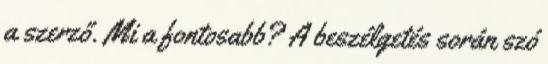
a szerző. Mi a fontosabb? A beszélgetés során szó